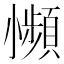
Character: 𫵍